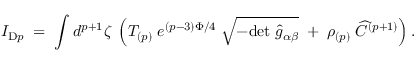
I _ { \mathrm { D } p } \; = \; \int d ^ { p + 1 } \zeta \; \left( T _ { ( p ) } \; e ^ { ( p - 3 ) \Phi / 4 } \; \sqrt { - \mathrm { d e t } \; { \widehat g } _ { \alpha \beta } } \; + \; \rho _ { ( p ) } \; \widehat C ^ { ( p + 1 ) } \right) .